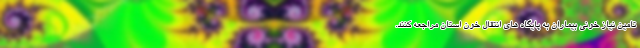
تامین نیاز خونی بیماران به پایگاه های انتقال خون استان مراجعه کنند.